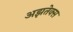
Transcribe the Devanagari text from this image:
अझतेक्स